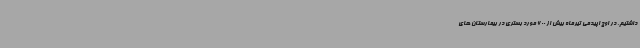
داشتیم. در اوج اپیدمی تیرماه بیش از 600 مورد بستری در بیمارستان های